Code of medical and sanitary regulations for the guidance of medical officers serving in the Madras Presidency - Volume II
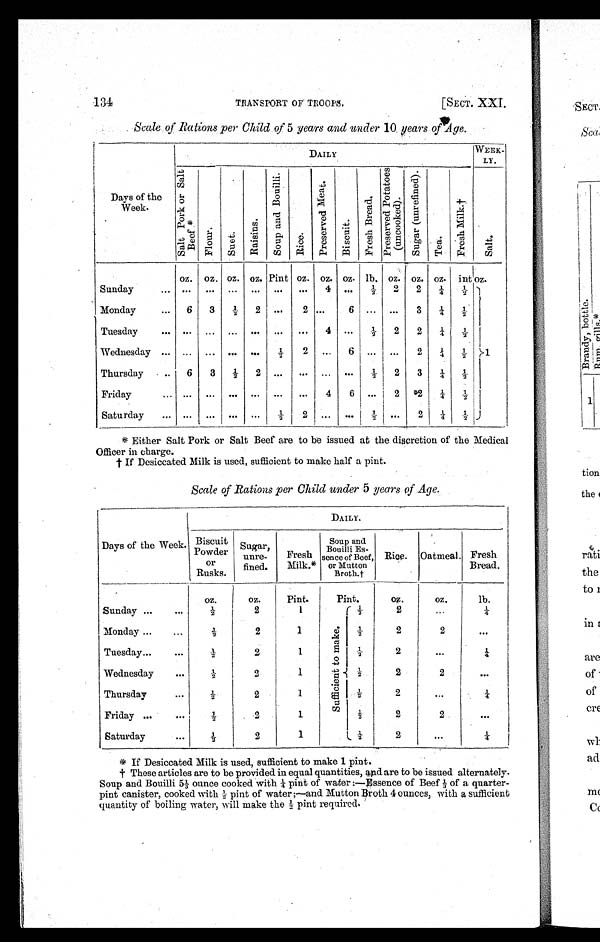
134
TRANSPORT OF TROOPS.
[SECT. XXI.
Scale of Rations per Child of 5 years and under 10 years of Age.
Days of the
Week.
D A I L Y
WEEK
-LY.
S a l t P o r k o r S a l t B e e f . *
F l o u r .
S u e t .
R a i s i n s .
S o u p a n d B o u i l l i .
R i c e .
P r e s e r v e d M e a t .
B i s c u i t .
F r e s h B r e a d .
P r e s e r v e d P o t a t o e s
( u n c o o k e d ) .
S u g a r ( u n r e f i n e d ) .
T e a .
Fr e s h Mi l k. †
S a l t .
oz. oz. oz. oz. Pint oz. oz. oz. lb. oz. oz. oz. int oz.
Sunday
. . .
. . . ...
. . . ...
. . .
...
4 ... ½
2
2
¼
½
1
Monday
. . . 6
3
½ 2
. . .
2 . . .
6 ... ...
3
¼ ½
Tuesday
. . .
. . .
...
. . . ...
. . .
. . . 4 ...
½ 2
2
¼
½
Wednesday ... ... ... ... ...
½
2
. . . 6 ...
. . . 2
¼
½
Thursday
...
6
3
½ 2 ...
... ... ...
½ 2
3
¼
½
Friday
. . .
. . .
...
. . . ...
. . . ...
4 6 ...
2
2
¼
½
Saturday
... ... ... ... ...
½ 2
. . .
. . . ½
. . .
2
¼
½
* Either Salt Pork or Salt Beef are to be issued at the discretion of the Medical
Officer in charge.
† If Desiccated Milk is used, sufficient to make half a pint.
Scale of Rations per Child under 5 years of Age.
Days of the Week.
DAILY.
Biscuit
Powder
or
Rusks.
Sugar,
unre-
fined.
Fresh
Milk.*
Soup and
Bouilli Es-
sence of Beef,
or Mutton
Broth.†
Rice. Oatmeal. Fresh
Bread.
oz.
oz.
Pint.
Pint.
oz.
oz.
lb.
Sunday ...
. . .
½
2
1
S u f f i c i e n t t o m a k e .
½
2
. . .
¼
Monday ...
...
½
2
1
½
2
2
. . .
Tuesday ...
. . .
½
2
1
½
2
. . . ¼
Wednesday
. . .
½
2
1
½
2
2
...
Thursday
. . .
½
2
1
½
2
...
¼
Friday ...
...
½
2
1
½
2
2
. . .
Saturday
. . .
½
2
1
½
2
...
¼
* I f D e s i c c a t e d M i l k i s u s e d , s u f f i c i e n t t o m a k e 1 p i n t .
† These articles are to be provided in equal quantities, and are to be issued alternately.
Soup and Bouilli 51/3 ounce cooked with ¼ pint of water ;—Essence of Beef 1/3 of a quarter-
pi nt cani st er , cooked wi t h ½ pi nt of wat er ; —and Mut t on Br ot h 4 ounces, wi t h a suf f i ci ent
quantity of boiling water, will make the ½ pint required.